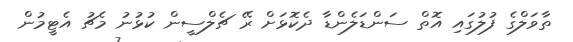
ތާވަލްގެ ފުލުގައި އޮތް ސަންޑަލެންޑާ ދެކޮޅަށް ރޭ ޗެލްސީން ކުޅުނު މެޗު އެޓީމުން